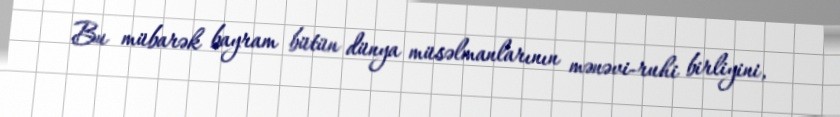
Bu mübarək bayram bütün dünya müsəlmanlarının mənəvi-ruhi birliyini,